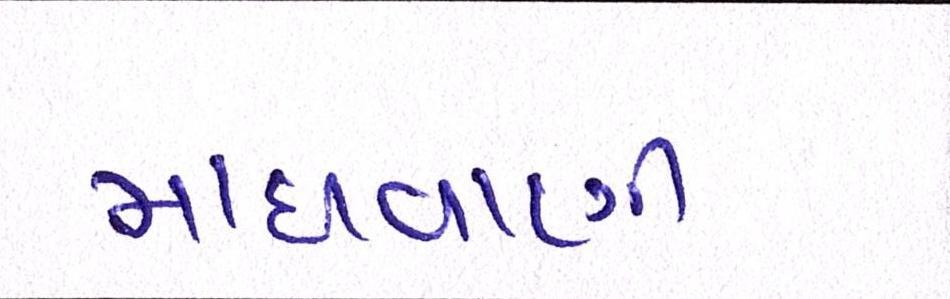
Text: માધવાણી